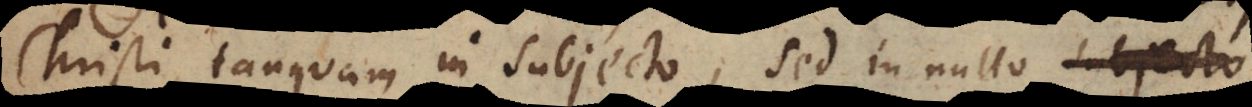
Christi tanquam in subjecto, sed in nullo subjecto